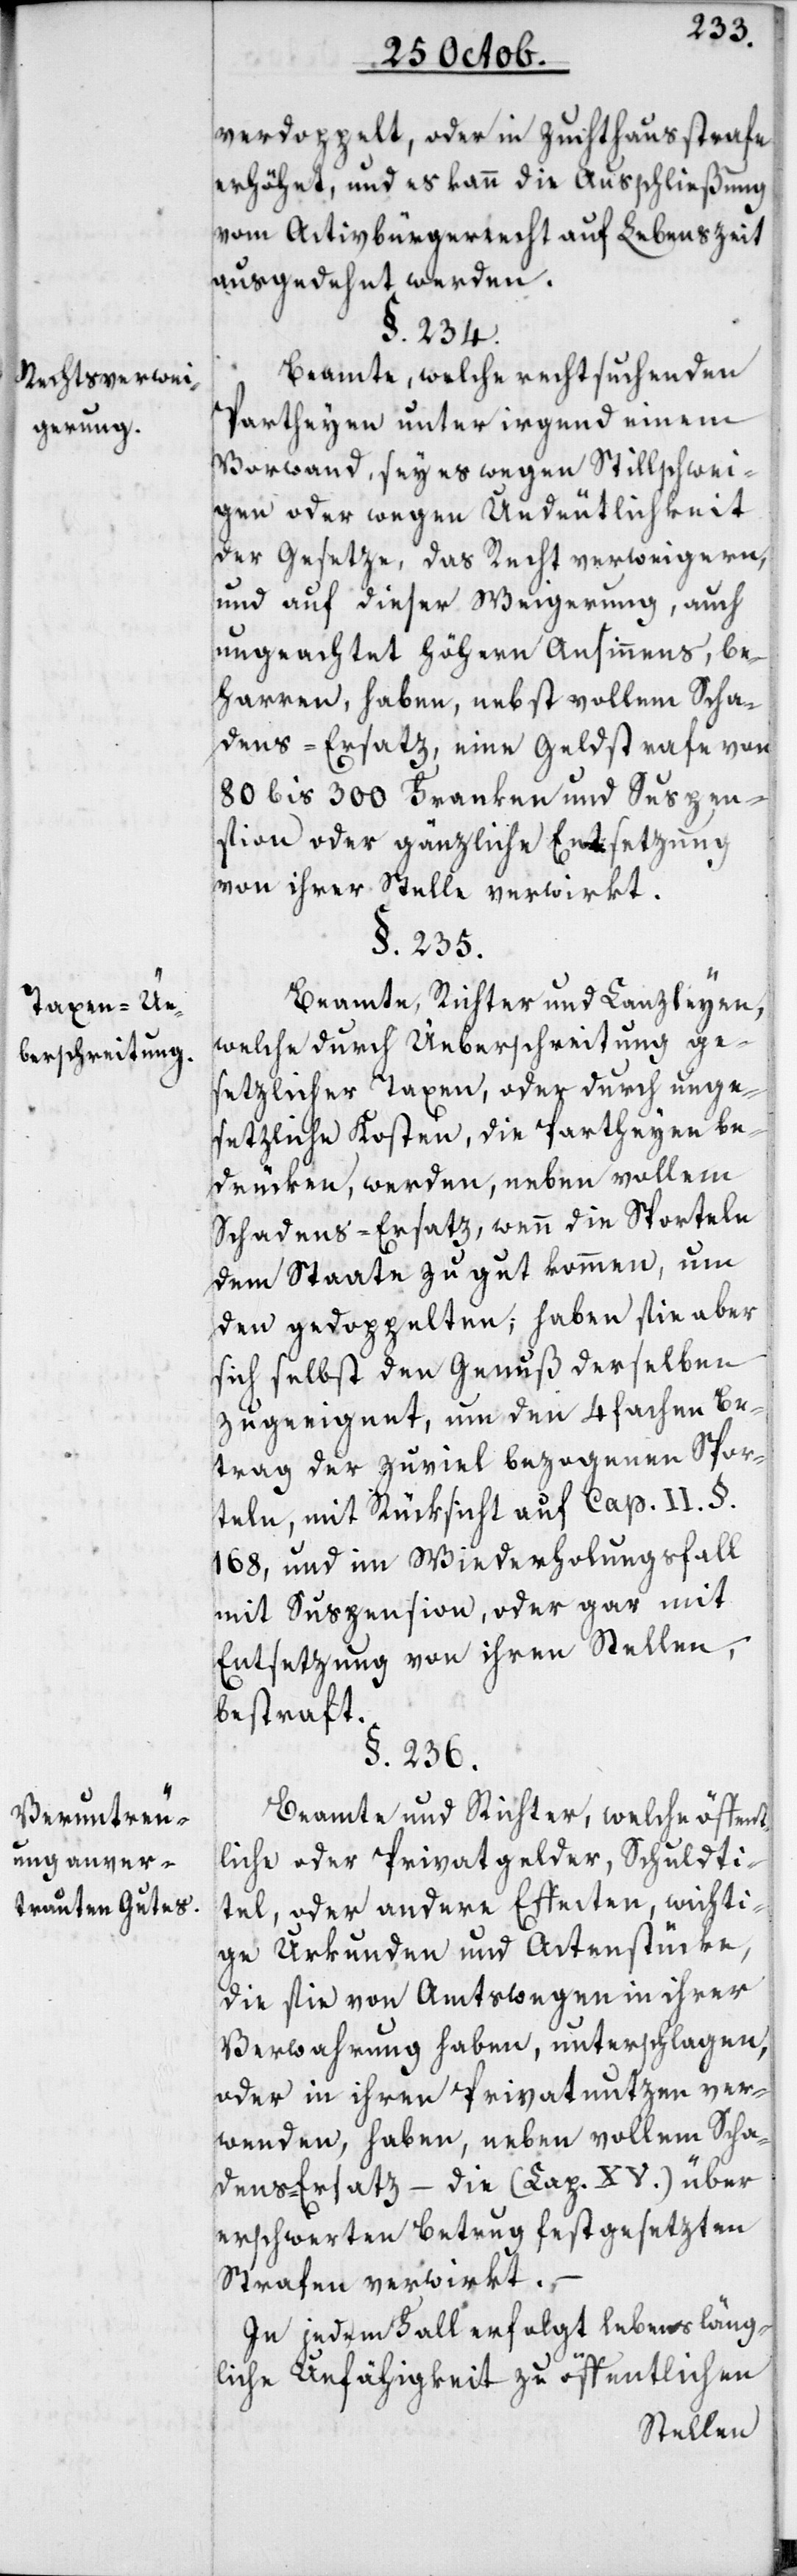
Rechtsverwei¬
gerung.
Taxen-Ue¬
berschreitung.
Veruntreu¬
ung anver¬
trauten Gutes.

erhöhet, und es kann die Ausschließung
vom Activbürgerrecht auf Lebenszeit
ausgedehnt werden.
§. 234.
Beamte, welche rechtsuchenden
Partheyen unter irgend einem
Vorwand, sey es wegen Stillschwei¬
gen oder wegen Undeutlichkeit
der Gesetze, das Recht verweigern,
und auf dieser Weigerung, auch
ungeachtet höhern Ansinnens, be¬
harren, haben nebst vollem Scha¬
dens-Ersatz eine Geldstrafe von
80–300 Franken und Suspen¬
sion oder gänzliche Entsetzung
von ihrer Stelle verwirkt.
§. 235.
Beamte, Richter und Canzleyen,
welche durch Überschreitung ge¬
setzlicher Taxen, oder durch unge¬
setzliche Kosten, die Partheyen be¬
drüken, werden neben vollem
Schadens-Ersatz, wenn die Sporteln
dem Staate zu gut kommen, um
den Gedoppelten; haben sie aber
sich selbst den Genuß derselben
zugeeignet, um den 4 fachen Be¬
trag der zuviel bezogenen Spor¬
teln, mit Rüksicht auf Cap. II. §.
168, und im Wiederholungsfall
mit Suspension, oder gar mit
Entsetzung von ihren Stellen,
bestraft.
§. 236.
Beamte und Richter, welche öffent¬
liche oder Privatgelder, Schuldti¬
tel oder andere Effecten, wichti¬
ge Urkunden und Actenstücke,
die sie von Amtswegen in ihrer
Verwahrung haben, unterschlagen,
oder in ihren Privatnutzen ver¬
wenden, haben, neben vollem Scha¬
dens-Ersatz – die (Cap. XV.) über
erschwerten Betrug festgesetzten
Strafen verwirkt.
In jedem Fall erfolgt lebensläng¬
liche Unfähigkeit zu öffentlichen